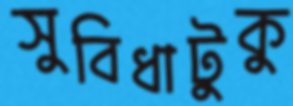
সুবিধাটুকু